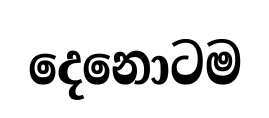
දෙනොටම